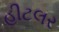
હીટલર